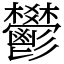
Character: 鬰